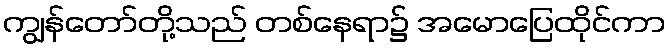
ကျွန်တော်တို့သည် တစ်နေရာ၌ အမောပြေထိုင်ကာ